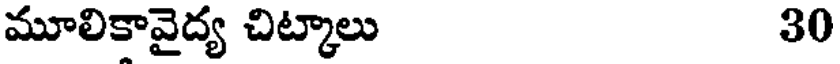
మూలికావైద్య చిట్కాలు 30